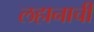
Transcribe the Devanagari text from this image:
लहानाची